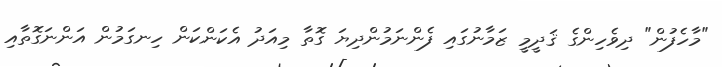
"މާހެފުން" ދިވެހިންގެ ޤަދީމީ ޒަމާނުގައި ފެންނަމުންދިޔަ ގޮތާ މިއަދު އެކަންކަން ހިނގަމުން އަންނަގޮތާއި